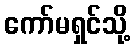
ကော်မရှင်သို့